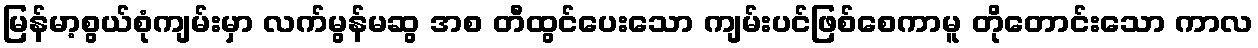
မြန်မာ့စွယ်စုံကျမ်းမှာ လက်မွန်မဆွ အစ တီထွင်ပေးသော ကျမ်းပင်ဖြစ်စေကာမူ တိုတောင်းသော ကာလ